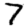
Digit: 7